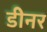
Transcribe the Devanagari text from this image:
डीनर